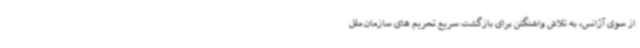
از سوی آژانس، به تلاش واشنگتن برای بازگشت سریع تحریم های سازمان ملل